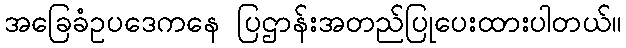
အခြေခံဥပဒေကနေ ပြဌာန်းအတည်ပြုပေးထားပါတယ်။